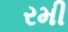
રમી